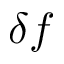
\delta f